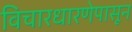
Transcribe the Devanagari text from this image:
विचारधारणेपासून